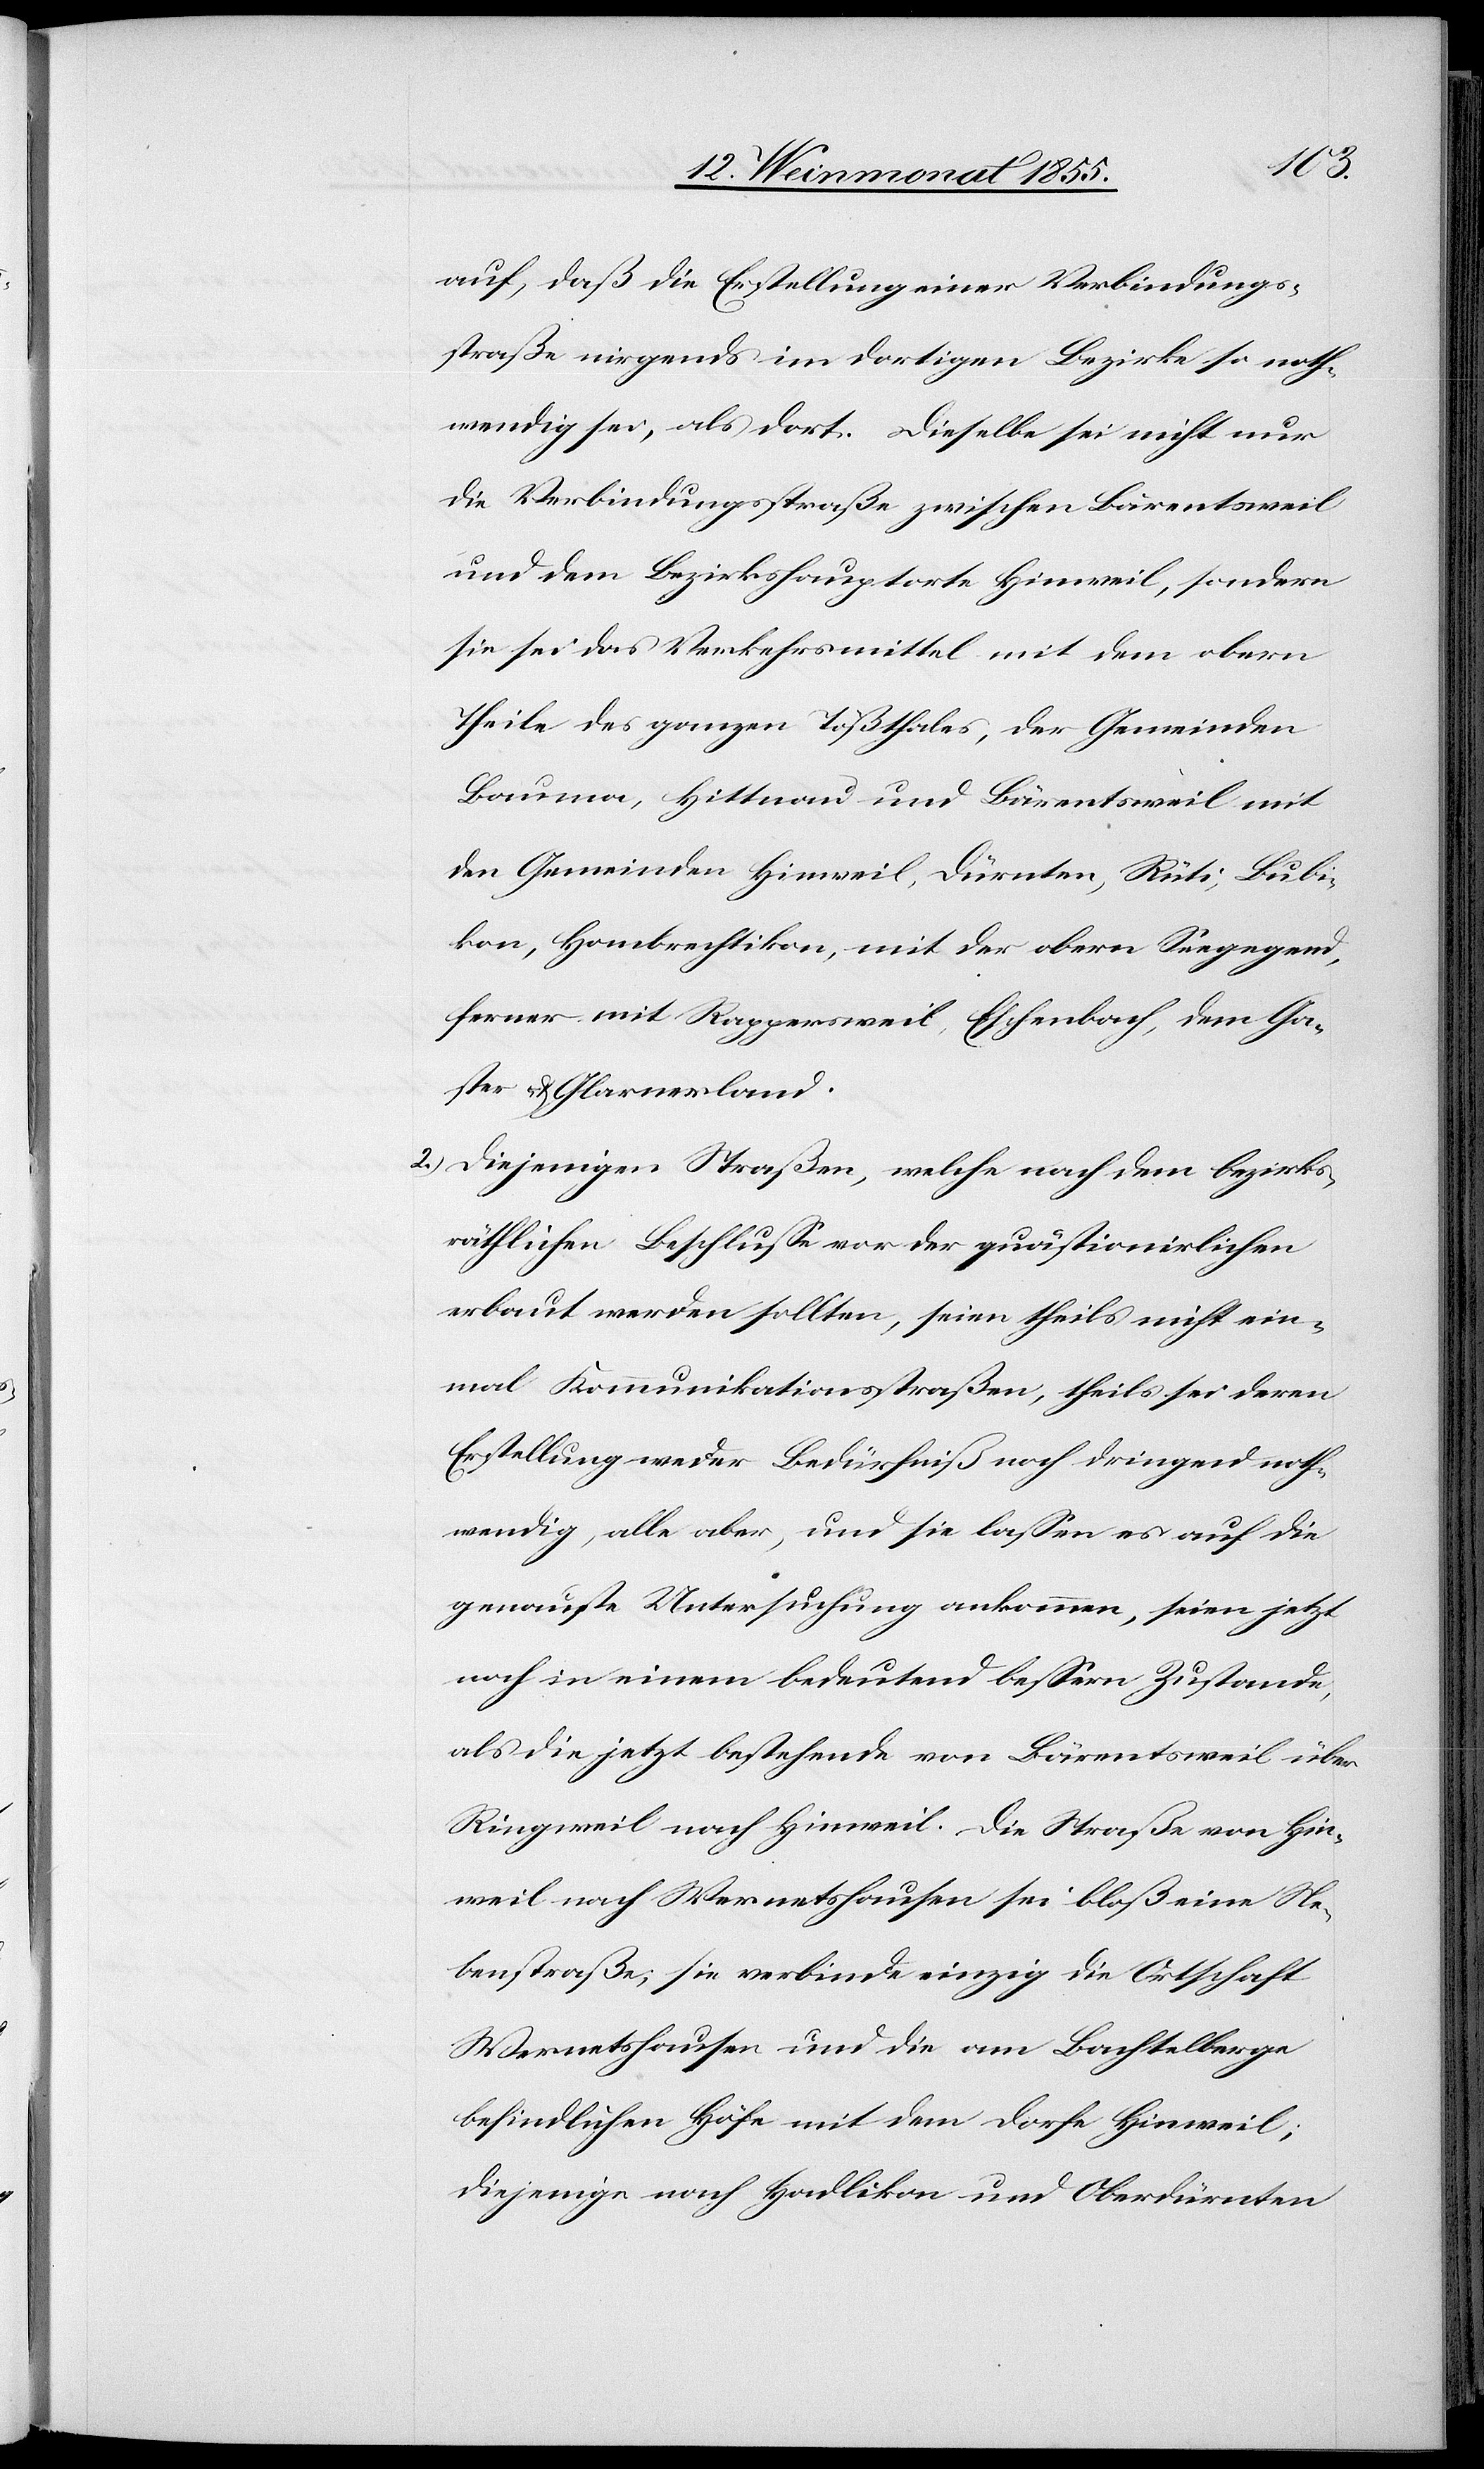
auf, daß die Erstellung einer Verbindungs¬
straße nirgends im dortigen Bezirke so noth¬
wendig sei, als dort. Dieselbe sei nicht nur
die Verbindungsstraße zwischen Bärentsweil
und dem Bezirkshauptorte Hinweil, sondern
sie sei das Verkehrsmittel mit dem obern
Theile des ganzen Tößthales, der Gemeinden
Bauma, Hittnau und Bärentsweil mit
den Gemeinden Hinweil, Dürnten, Rüti, Bubi¬
kon, Hombrechtikon, mit der obern Seegegend,
ferner mit Rappersweil, Eschenbach, dem Ga¬
ster- & Glarnerland.
Diejenigen Straßen, welche nach dem bezirks¬
räthlichen Beschlusse vor der quästionirlichen
erbaut werden sollten, seien theils nicht ein¬
mal Kommunikationsstraßen, theils sei deren
Erstellung weder Bedürfniß noch dringend noth¬
wendig, alle aber, und sie lassen es auf die
genauste Untersuchung ankommen, seien jetzt
noch in einem bedeutend bessern Zustande,
als die jetzt bestehende von Bärentsweil über
Ringweil nach Hinweil. Die Straße von Hin¬
weil nach Wernetshausen sei bloß eine Ne¬
benstraße; sie verbinde einzig die Ortschaft
Wernetshausen und die am Bachtelberge
befindlichen Höfe mit dem Dorfe Hinweil;
diejenige nach Hadlikon und Oberdürnten